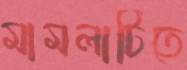
মামলাটিতে